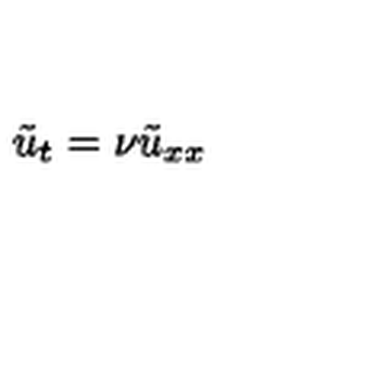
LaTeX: \tilde { u } _ { t } = \nu \tilde { u } _ { x x }